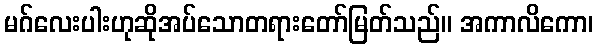
မဂ်လေးပါးဟုဆိုအပ်သောတရားတော်မြတ်သည်။ အကာလိကော၊